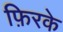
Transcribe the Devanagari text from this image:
फ़िरके